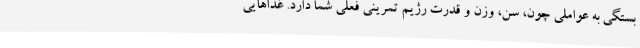
بستگی به عواملی چون، سن، وزن و قدرت رژیم تمرینی فعلی شما دارد. غذاهایی